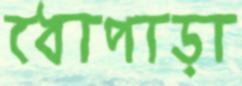
ধোপাড়া